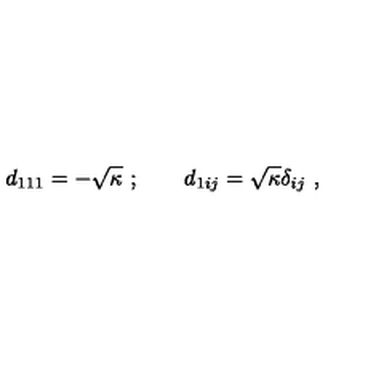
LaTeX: d _ { 1 1 1 } = - \sqrt { \kappa } \ ; \qquad d _ { 1 i j } = \sqrt { \kappa } \delta _ { i j } \ ,